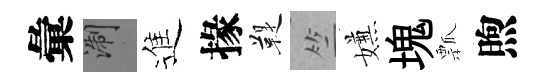
彙浙進掾鞮竺嫌塊瓢煦